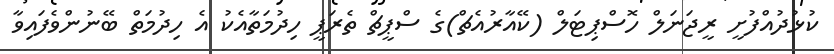
ކުޅުދުއްފުށީ ރީޖަނަލް ހޮސްޕިޓަލް (ކޭއާރުއެޗް)ގެ ސްޕީޗް ތެރަޕީ ހިދުމަތާއެކު އެ ހިދުމަތް ބޭނުންވެފައިވާ